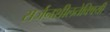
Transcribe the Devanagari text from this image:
सर्जनशीलतेविषयी